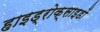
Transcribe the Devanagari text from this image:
हाइड्रोक्साइडों